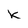
Character: k